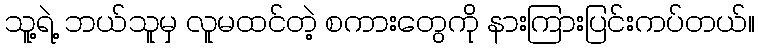
သူ့ရဲ့ ဘယ်သူမှ လူမထင်တဲ့ စကားတွေကို နားကြားပြင်းကပ်တယ်။